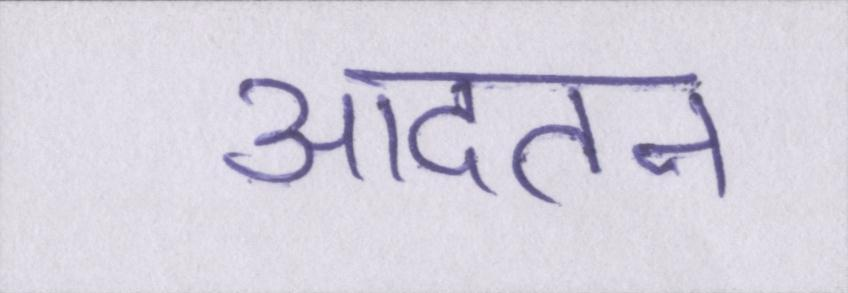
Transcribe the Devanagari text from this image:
आदतन